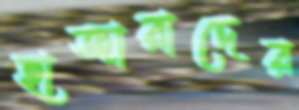
হাজারাদের